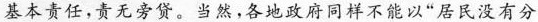
基本责任，责无旁贷。当然，各地政府同样不能以“居民没有分